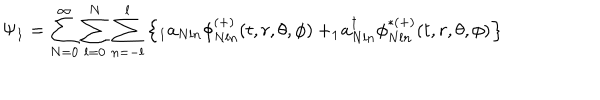
\Psi _ { 1 } = \sum _ { N = 0 } ^ { \infty } \sum _ { l = 0 } ^ { N } \sum _ { n = - l } ^ { l } \left\{ _ 1 a _ { N l n } \phi _ { N l n } ^ { ( + ) } ( t , r , \theta , \phi ) + _ { 1 } \! a _ { N l n } ^ { \dagger } \phi _ { N l n } ^ { \ast ( + ) } ( t , r , \theta , \phi ) \right\}